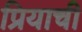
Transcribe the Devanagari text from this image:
प्रियाची